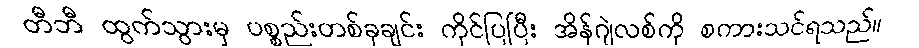
တီဘီ ထွက်သွားမှ ပစ္စည်းတစ်ခုချင်း ကိုင်ပြပြီး အိန်ဂျဲလစ်ကို စကားသင်ရသည်။